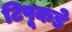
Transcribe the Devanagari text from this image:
टिपूकडे